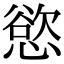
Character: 慾